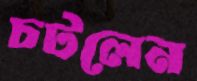
চটলেন